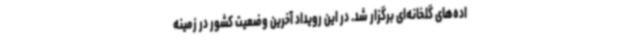
اده‌های گلخانه‌ای برگزار شد. در این رویداد آخرین وضعیت کشور در زمینه